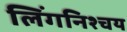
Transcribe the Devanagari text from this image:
लिंगनिश्चय